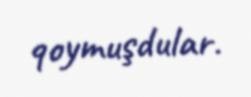
qoymuşdular.